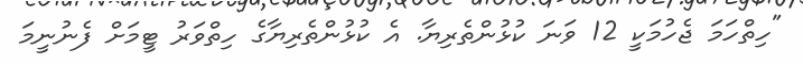
"ހިތްހަމަ ޖެހުމަކީ 12 ވަނަ ކުޅުންތެރިޔާ. އެ ކުޅުންތެރިޔާގެ ހިތްވަރު ޓީމަށް ފެނުނީމަ